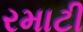
રમાટી